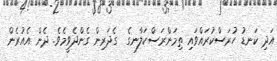
އަދި ކަނޑު ހުރަސްކުރައްވައި ތިމަންރަސްކަލާނގެ  ގެދަރިން ގެންދެވީމެވެ. ދެން އެއުރެން